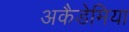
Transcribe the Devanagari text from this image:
अकैडेमिया